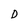
Character: D